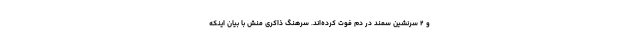
و ۲ سرنشین سمند در دم فوت کرده‌اند. سرهنگ ذاکری منش با بیان اینکه